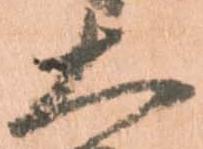
大